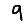
Digit: 9